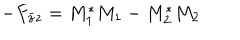
- F _ { \bar { z } z } = M _ { 1 } ^ { \ast } M _ { 1 } - M _ { 2 } ^ { \ast } M _ { 2 }